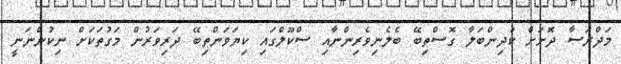
މަދްރަސާ ދޮށަށް ކުދިންބަލާ ގޮސްތިބޭ ބެލެނިވެރިންނާއި ސްކޫލްގައި ކިޔަވަންތިބޭ ދަރިވަރުން މަގުތަކަށް ނިކުންނަނީ